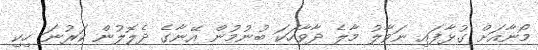
މޯނާއަށް ގުޅާފައި ނަވާލު މާލެ ދާވާހަކަ ބުނުމުން އޭނާގެ ދެލޮލުން ކަރުނަ ހިކި